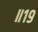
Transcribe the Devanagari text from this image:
॥१९